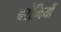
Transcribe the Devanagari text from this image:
बरौनियों